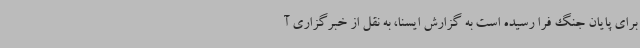
برای پایان جنگ فرا رسیده است به گزارش ایسنا، به نقل از خبرگزاری آ